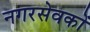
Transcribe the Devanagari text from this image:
नगरसेवकों